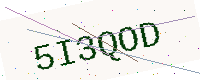
Text: 5I3QOD